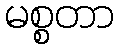
မစ္စတာ